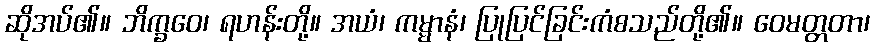
ဆိုအပ်၏။ ဘိက္ခဝေ၊ ရဟန်းတို့။ အယံ၊ ကမ္မာနံ၊ ပြုပြင်ခြင်းကံစသည်တို့၏။ ဝေမတ္တတာ၊